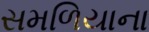
સમળિયાના